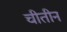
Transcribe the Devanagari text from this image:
चीतीन